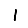
Digit: 1